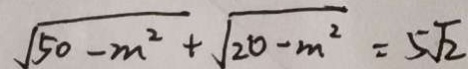
\sqrt { 5 0 - m ^ { 2 } } + \sqrt { 2 0 - m ^ { 2 } } = 5 \sqrt { 2 }